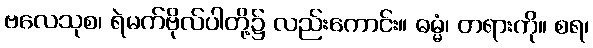
ဗလေသုစ၊ ရဲမက်ဗိုလ်ပါတို့၌ လည်းကောင်း။ ဓမ္မံ၊ တရားကို။ စရ၊